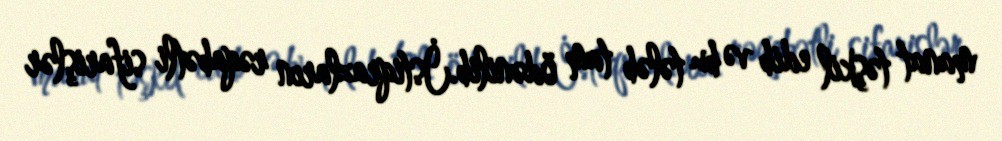
manat təşkil edib və bu tələb tam ödənilib.İstiqrazların rəqabətli sifarişlər